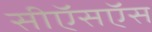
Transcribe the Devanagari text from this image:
सीऍसऍस